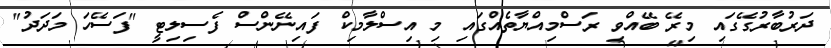
ދަރުބާރުގޭގައި މިރޭ ބޭއްވި ރަސްމިއްޔާތެއްގައި މި އިސްލާމިކް ފައިނޭންސް ފެސިލިޓީ "ފަސޭހަ މަދަދު"